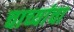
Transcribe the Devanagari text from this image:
चाच्यांचा